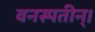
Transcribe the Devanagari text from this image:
वनस्पतीन्।